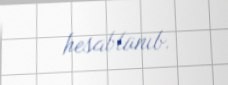
hesablanıb.